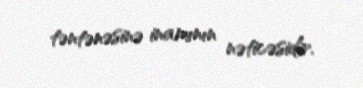
təntənəsinə inamının nəticəsidir.